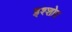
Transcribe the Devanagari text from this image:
इश्शोर